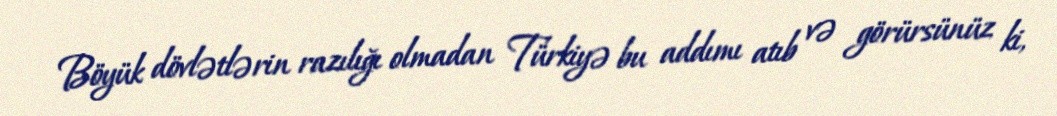
Böyük dövlətlərin razılığı olmadan Türkiyə bu addımı atıb və görürsünüz ki,